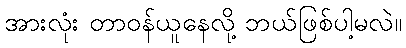
အားလုံး တာဝန်ယူနေလို့ ဘယ်ဖြစ်ပါ့မလဲ။